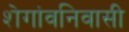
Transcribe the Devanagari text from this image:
शेगांवनिवासी